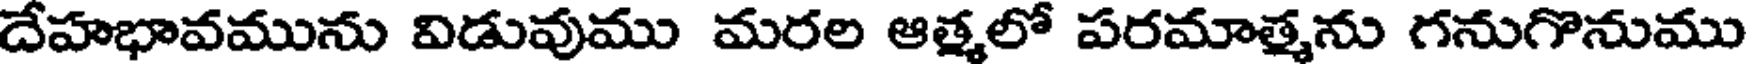
దేహభావమును విడువుము మరల ఆత్మలో పరమాత్మను గనుగొనుము